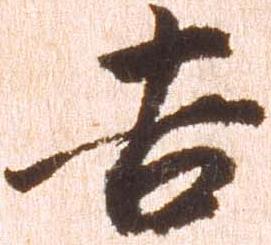
吉